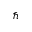
\hbar